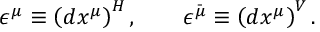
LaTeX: \epsilon ^ { \mu } \equiv \left( d x ^ { \mu } \right) ^ { H } , \qquad \epsilon ^ { \bar { \mu } } \equiv \left( d x ^ { \mu } \right) ^ { V } .